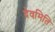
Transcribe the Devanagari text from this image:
देवमिति